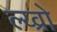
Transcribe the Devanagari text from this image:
ल्य्व्रो